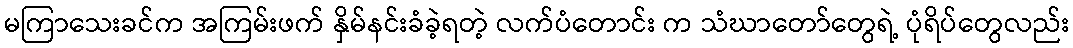
မကြာသေးခင်က အကြမ်းဖက် နှိမ်နင်းခံခဲ့ရတဲ့ လက်ပံတောင်း က သံဃာတော်တွေရဲ့ ပုံရိပ်တွေလည်း